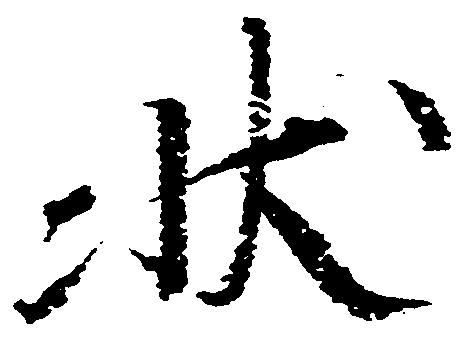
状